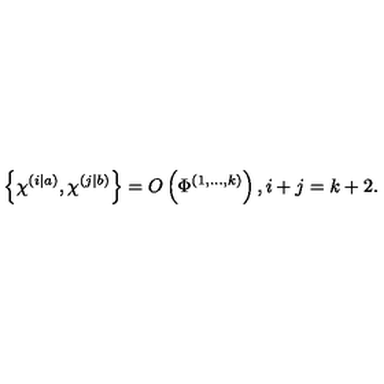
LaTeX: \left\{ \chi ^ { \left( i | a \right) } , \chi ^ { \left( j | b \right) } \right\} = O \left( \Phi ^ { \left( 1 , . . . , k \right) } \right) , i + j = k + 2 .